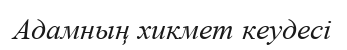
Адамның хикмет кеудесі